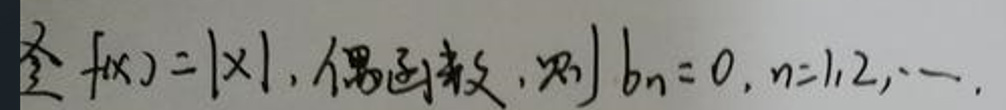
若$f(x)=|x|$，偶函数，则$b_{n}=0,n = 1,2,\cdots$.